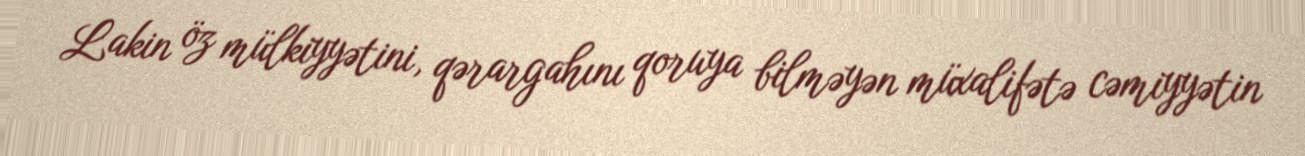
Lakin öz mülkiyyətini, qərargahını qoruya bilməyən müxalifətə cəmiyyətin